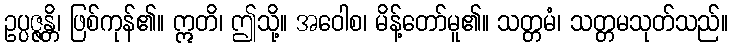
ဥပ္ပဇ္ဇန္တိ၊ ဖြစ်ကုန်၏။ ဣတိ၊ ဤသို့။ အဝေါစ၊ မိန့်တော်မူ၏။ သတ္တမံ၊ သတ္တမသုတ်သည်။